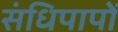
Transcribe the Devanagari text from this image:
संधिपापों